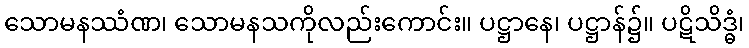
သောမနဿံဏ၊ သောမနသကိုလည်းကောင်း။ ပဋ္ဌာနေ၊ ပဋ္ဌာန်၌။ ပဋိသိဒ္ဓံ၊